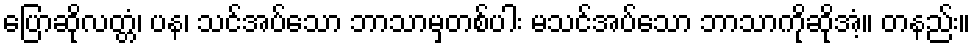
ပြောဆိုလတ္တံ၊ ပန၊ သင်အပ်သော ဘာသာမှတစ်ပါး မသင်အပ်သော ဘာသာကိုဆိုအံ့။ တနည်း။